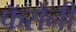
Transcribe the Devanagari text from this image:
फॅरोंनी